Problem: 2 × 2 = ?
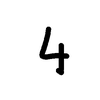
Handwritten answer: 4